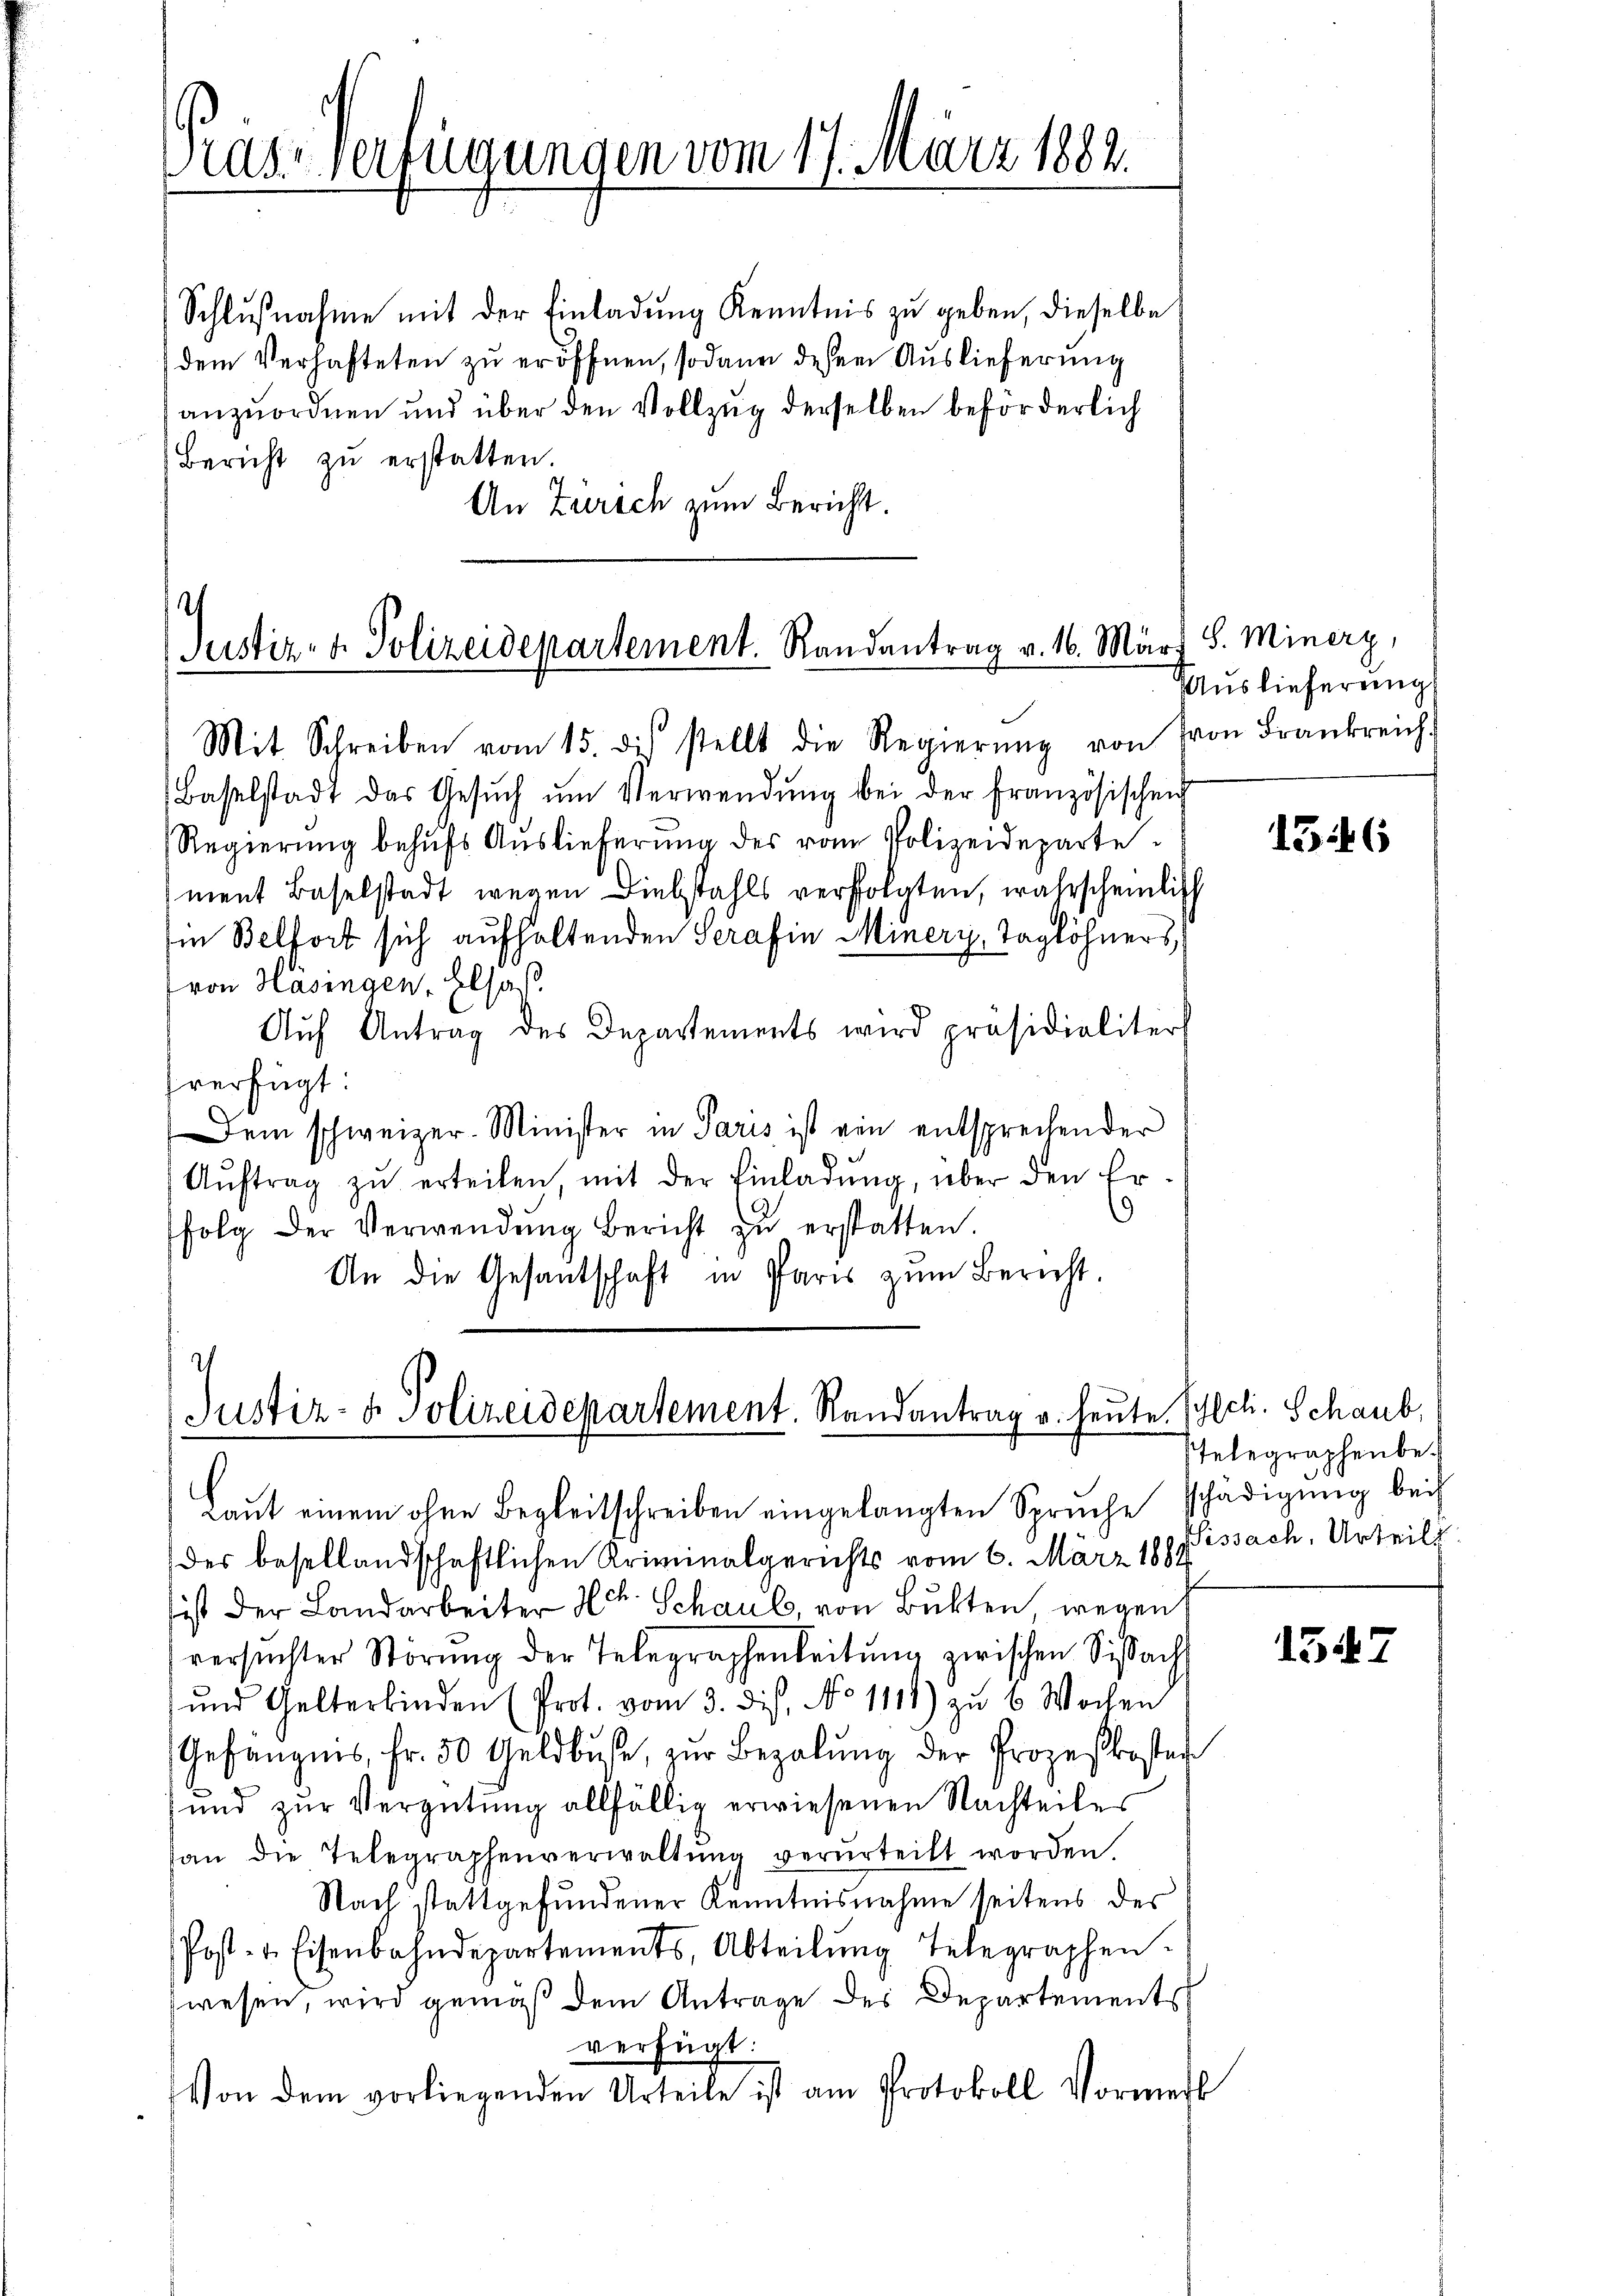
as-Verfügungen vom 17. März 1882.

Schlußnahme mit der Einladung Kenntnis zu geben, dieselbe
dem Verhafteten zu eröffnen, sodann dessen Auslieferung
anzuordnen und über den Vollzug derselben beförderlich
Bericht zu erstatten.
An Zürich zum Bericht.

Justiz- & Polizeidepartement. Randantrag v. 16. März 8. Minerz,

Justiz- & Polizeidepartement. Randantrag u. heute. Schlch. Schaub,

Mit Schreiben vom 15. di stellt die Regierŭng von Fron Frankreich
Baselstadt das Gesŭch ŭm Verwendŭng bei der Französischen
Regierŭng behŭfs Aŭslieferŭng des von Polizeideparte
ment Baselstadt wegen Liebstahls verfolgten, wahrscheinlich
in Belfort sich aufhaltenden Serafin Minerz, Taglöhners
von Hasingen, Elsaß
Aŭf Antrag des Departements wird präsidialiter
fverfügt:
Dem schweizer-Minister in Paris ist ein entsprechender
Aŭftrag zŭ erteilen, mit der Einladŭng, über den Er-
)
folg der Verwendŭng bericht zŭ erstatten.
An die Gesantschaft in Paris zŭm Bericht.

Auslieferung

Laut einem ohne Begleitschreiben eingelangten Sprüche schädigung bei
der besellandschaftlichen Kriminalgerichts vom 6. März 1884.
ist der Landarbeiter Hch. Schaul, von Butten wegen
versuchter Störŭng der Telegraphenleitŭng zwischen Sisach
und Gelterbinden (Prot. vom 3. dis, No 1111) zu 6 Wochen
Gefängnis, Fr. 50 Geldbuße, zur Bezalung der Prozeßkosten
und zur Vergütung allfällig erwiesenen Nachteiles
an die Telegraphenverwaltŭng verurteilt worden.
Nach stattgefundener Kenntnisnahme seitens des
Post- u. Eisenbahndepartements, Abteilŭng Telegraphen.
wesen, wird gemäß dem Antrage des Departements
verfügt:
Von dem vorliegenden Urteile ist am Protokoll Vormerk

1346

telegraphenbe¬
Sissach, Urteilt

154. 7